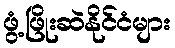
ဖွံ့ဖြိုးဆဲနိုင်ငံများ